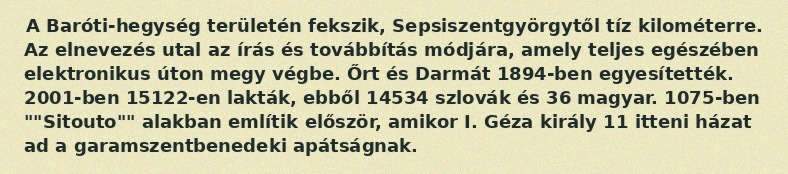
A Baróti-hegység területén fekszik, Sepsiszentgyörgytől tíz kilométerre. Az elnevezés utal az írás és továbbítás módjára, amely teljes egészében elektronikus úton megy végbe. Őrt és Darmát 1894-ben egyesítették. 2001-ben 15122-en lakták, ebből 14534 szlovák és 36 magyar. 1075-ben ""Sitouto"" alakban említik először, amikor I. Géza király 11 itteni házat ad a garamszentbenedeki apátságnak.